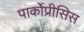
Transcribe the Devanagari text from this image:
पार्कोप्रीसिस